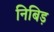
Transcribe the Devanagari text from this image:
निबिड़